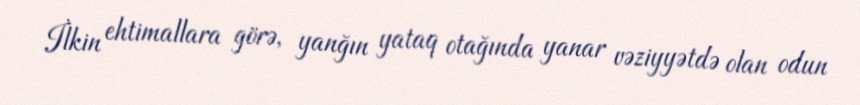
İlkin ehtimallara görə, yanğın yataq otağında yanar vəziyyətdə olan odun